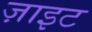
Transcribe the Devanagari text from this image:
ज़ाइट